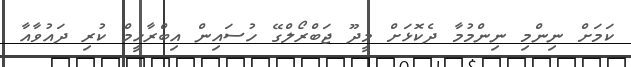
ކަމަށް ނިންމި ނިންމުމާ ދެކޮޅަށް މީދޫ ޖަބްރޯލްގޭ ހުސައިން އިބްރާހީމް ކުރި ދައުވާއާ